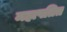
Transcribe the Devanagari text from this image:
महापतित